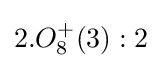
2.O_{8}^{+}(3):2